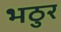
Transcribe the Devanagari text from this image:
भठुर